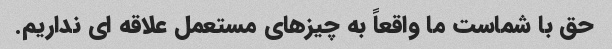
حق با شماست ما واقعاً به چیزهای مستعمل علاقه ای نداریم.